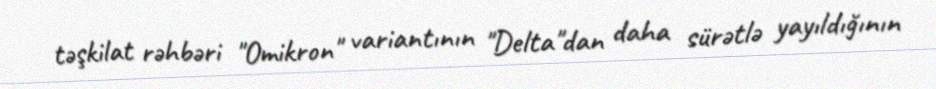
təşkilat rəhbəri "Omikron" variantının "Delta"dan daha sürətlə yayıldığının